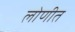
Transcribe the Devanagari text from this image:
लोणीत